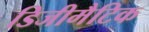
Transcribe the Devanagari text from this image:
डिजीमैटिक